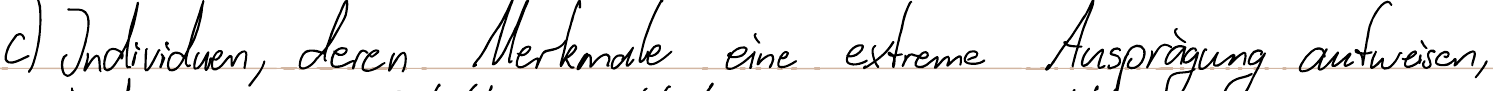
c) Individuen, deren Merkmale eine extreme Ausprägung aufweisen,